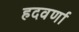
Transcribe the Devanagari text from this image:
हदवर्णा